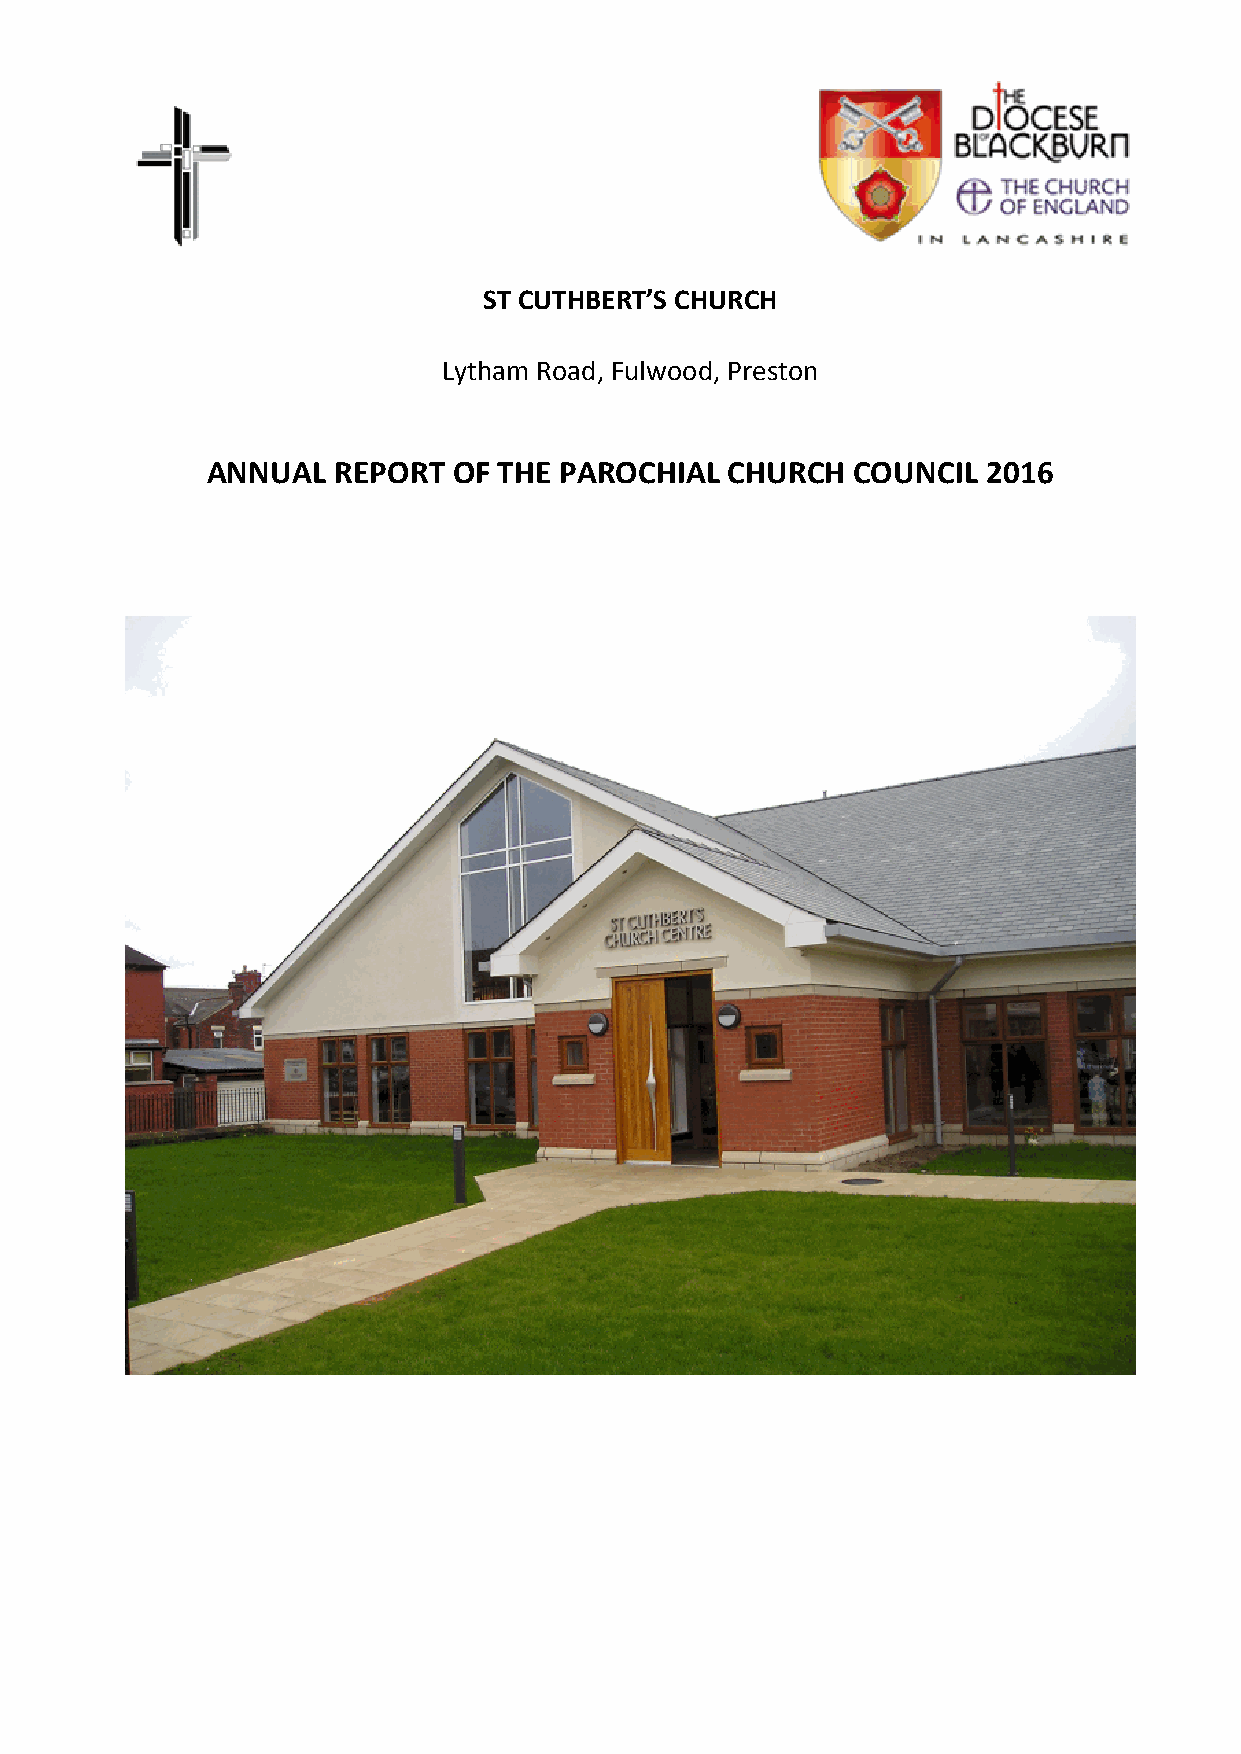
ST CUTHBERT’S CHURCH
 Lytham Road, Fulwood, Preston
 ANNUAL  REPORT  OF THE PAROCHIAL  CHURCH  COUNCIL  2016